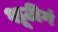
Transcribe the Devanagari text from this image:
शूटीगं